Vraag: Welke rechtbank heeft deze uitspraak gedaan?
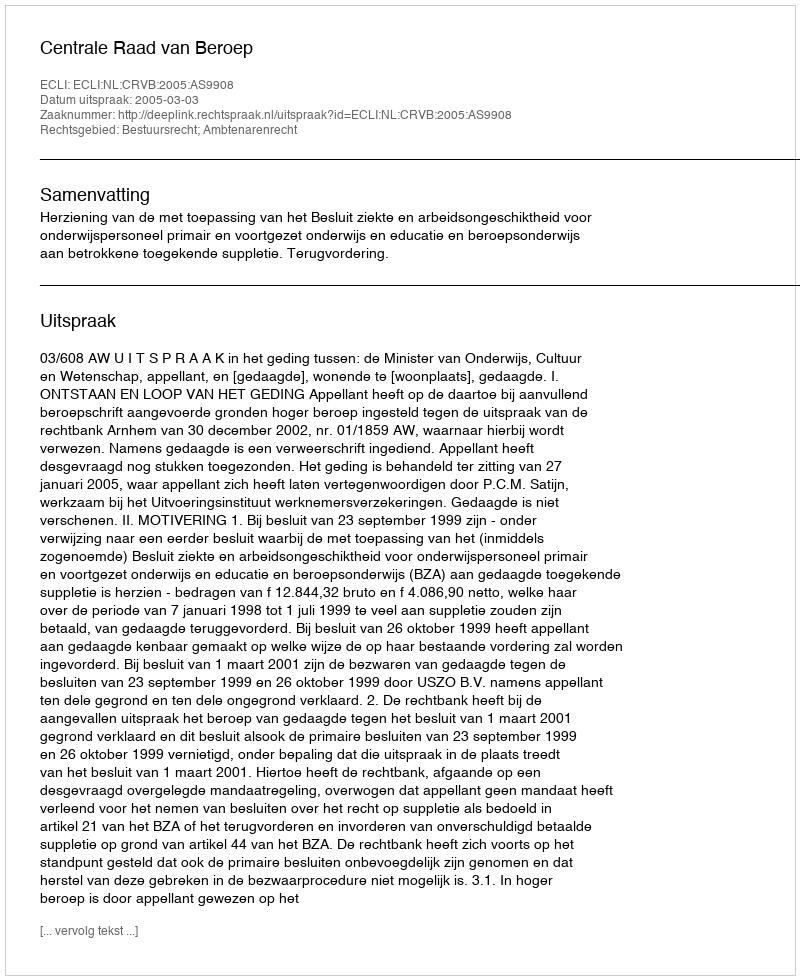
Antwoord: Centrale Raad van Beroep